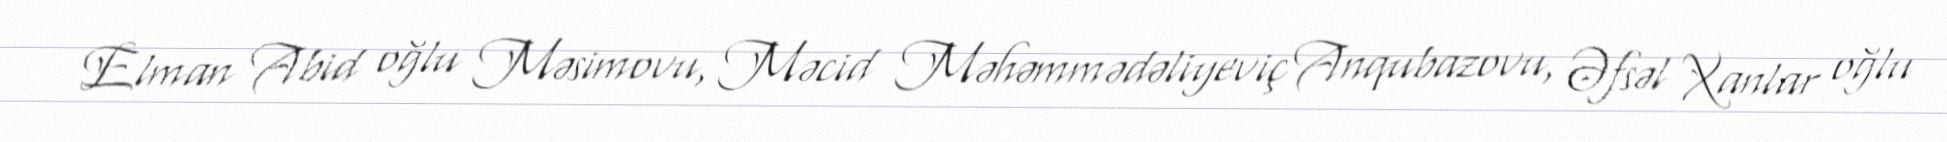
Elman Abid oğlu Məsimovu, Məcid Məhəmmədəliyeviç Anqubazovu, Əfsəl Xanlar oğlu